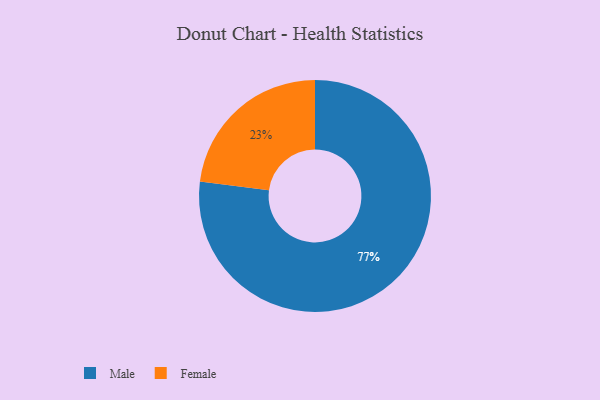
{"axis": {"x": "Category", "y": "Percentage"}, "legend": ["Female", "Male"], "data": [{"x": "Male", "y": 77, "type": "Male"}, {"x": "Female", "y": 23, "type": "Female"}]}